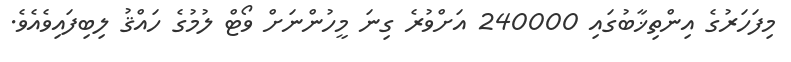
މިފަހަރުގެ އިންތިޚާބުގައި 240000 އަށްވުރެ ގިނަ މީހުންނަށް ވޯޓް ލުމުގެ ހައްޤު ލިބިފައިވެއެވެ.